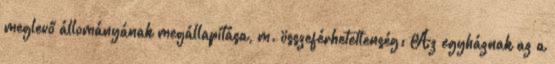
meglevő állományának megállapítása, m. összeférhetetlenség: Az egyháznak az a